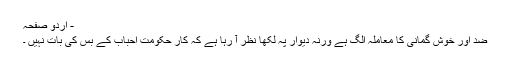
- اردو صفحہ
ضد اور خوش گمانی کا معاملہ الگ ہے ورنہ دیوار پہ لکھا نظر آ رہا ہے کہ کارِ حکومت احباب کے بس کی بات نہیں ۔